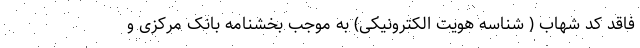
فاقد کد شهاب ( شناسه هویت الکترونیکی) به موجب بخشنامه بانک مرکزی و